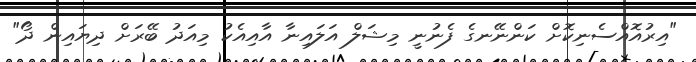
"އިރުއޮއްސެނިކޮށް ކަންނޭނގެ ފެނުނީ މިޝަލް އަލައިނާ އާއިއެކު މިއަދު ބޭރަށް ދިޔައިން ދޯ"